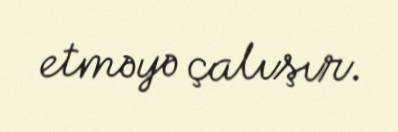
etməyə çalışır.